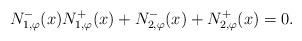
LaTeX: \begin{align*}N_{1,\varphi}^{-}(x) N_{1,\varphi}^{+}(x) + N_{2,\varphi}^{-}(x) + N_{2,\varphi}^{+}(x) = 0.\end{align*}